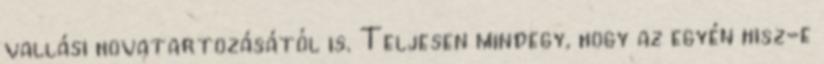
vallási hovatartozásától is. Teljesen mindegy, hogy az egyén hisz-e